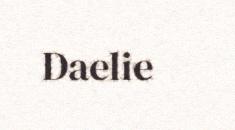
Daelie